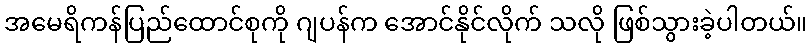
အမေရိကန်ပြည်ထောင်စုကို ဂျပန်က အောင်နိုင်လိုက် သလို ဖြစ်သွားခဲ့ပါတယ်။